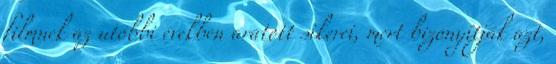
filmnek az utóbbi években aratott sikerei, mert bizonyítják azt,